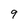
Character: 9